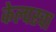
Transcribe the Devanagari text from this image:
केल्परचा